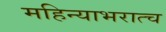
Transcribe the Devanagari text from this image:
महिन्याभरात्च